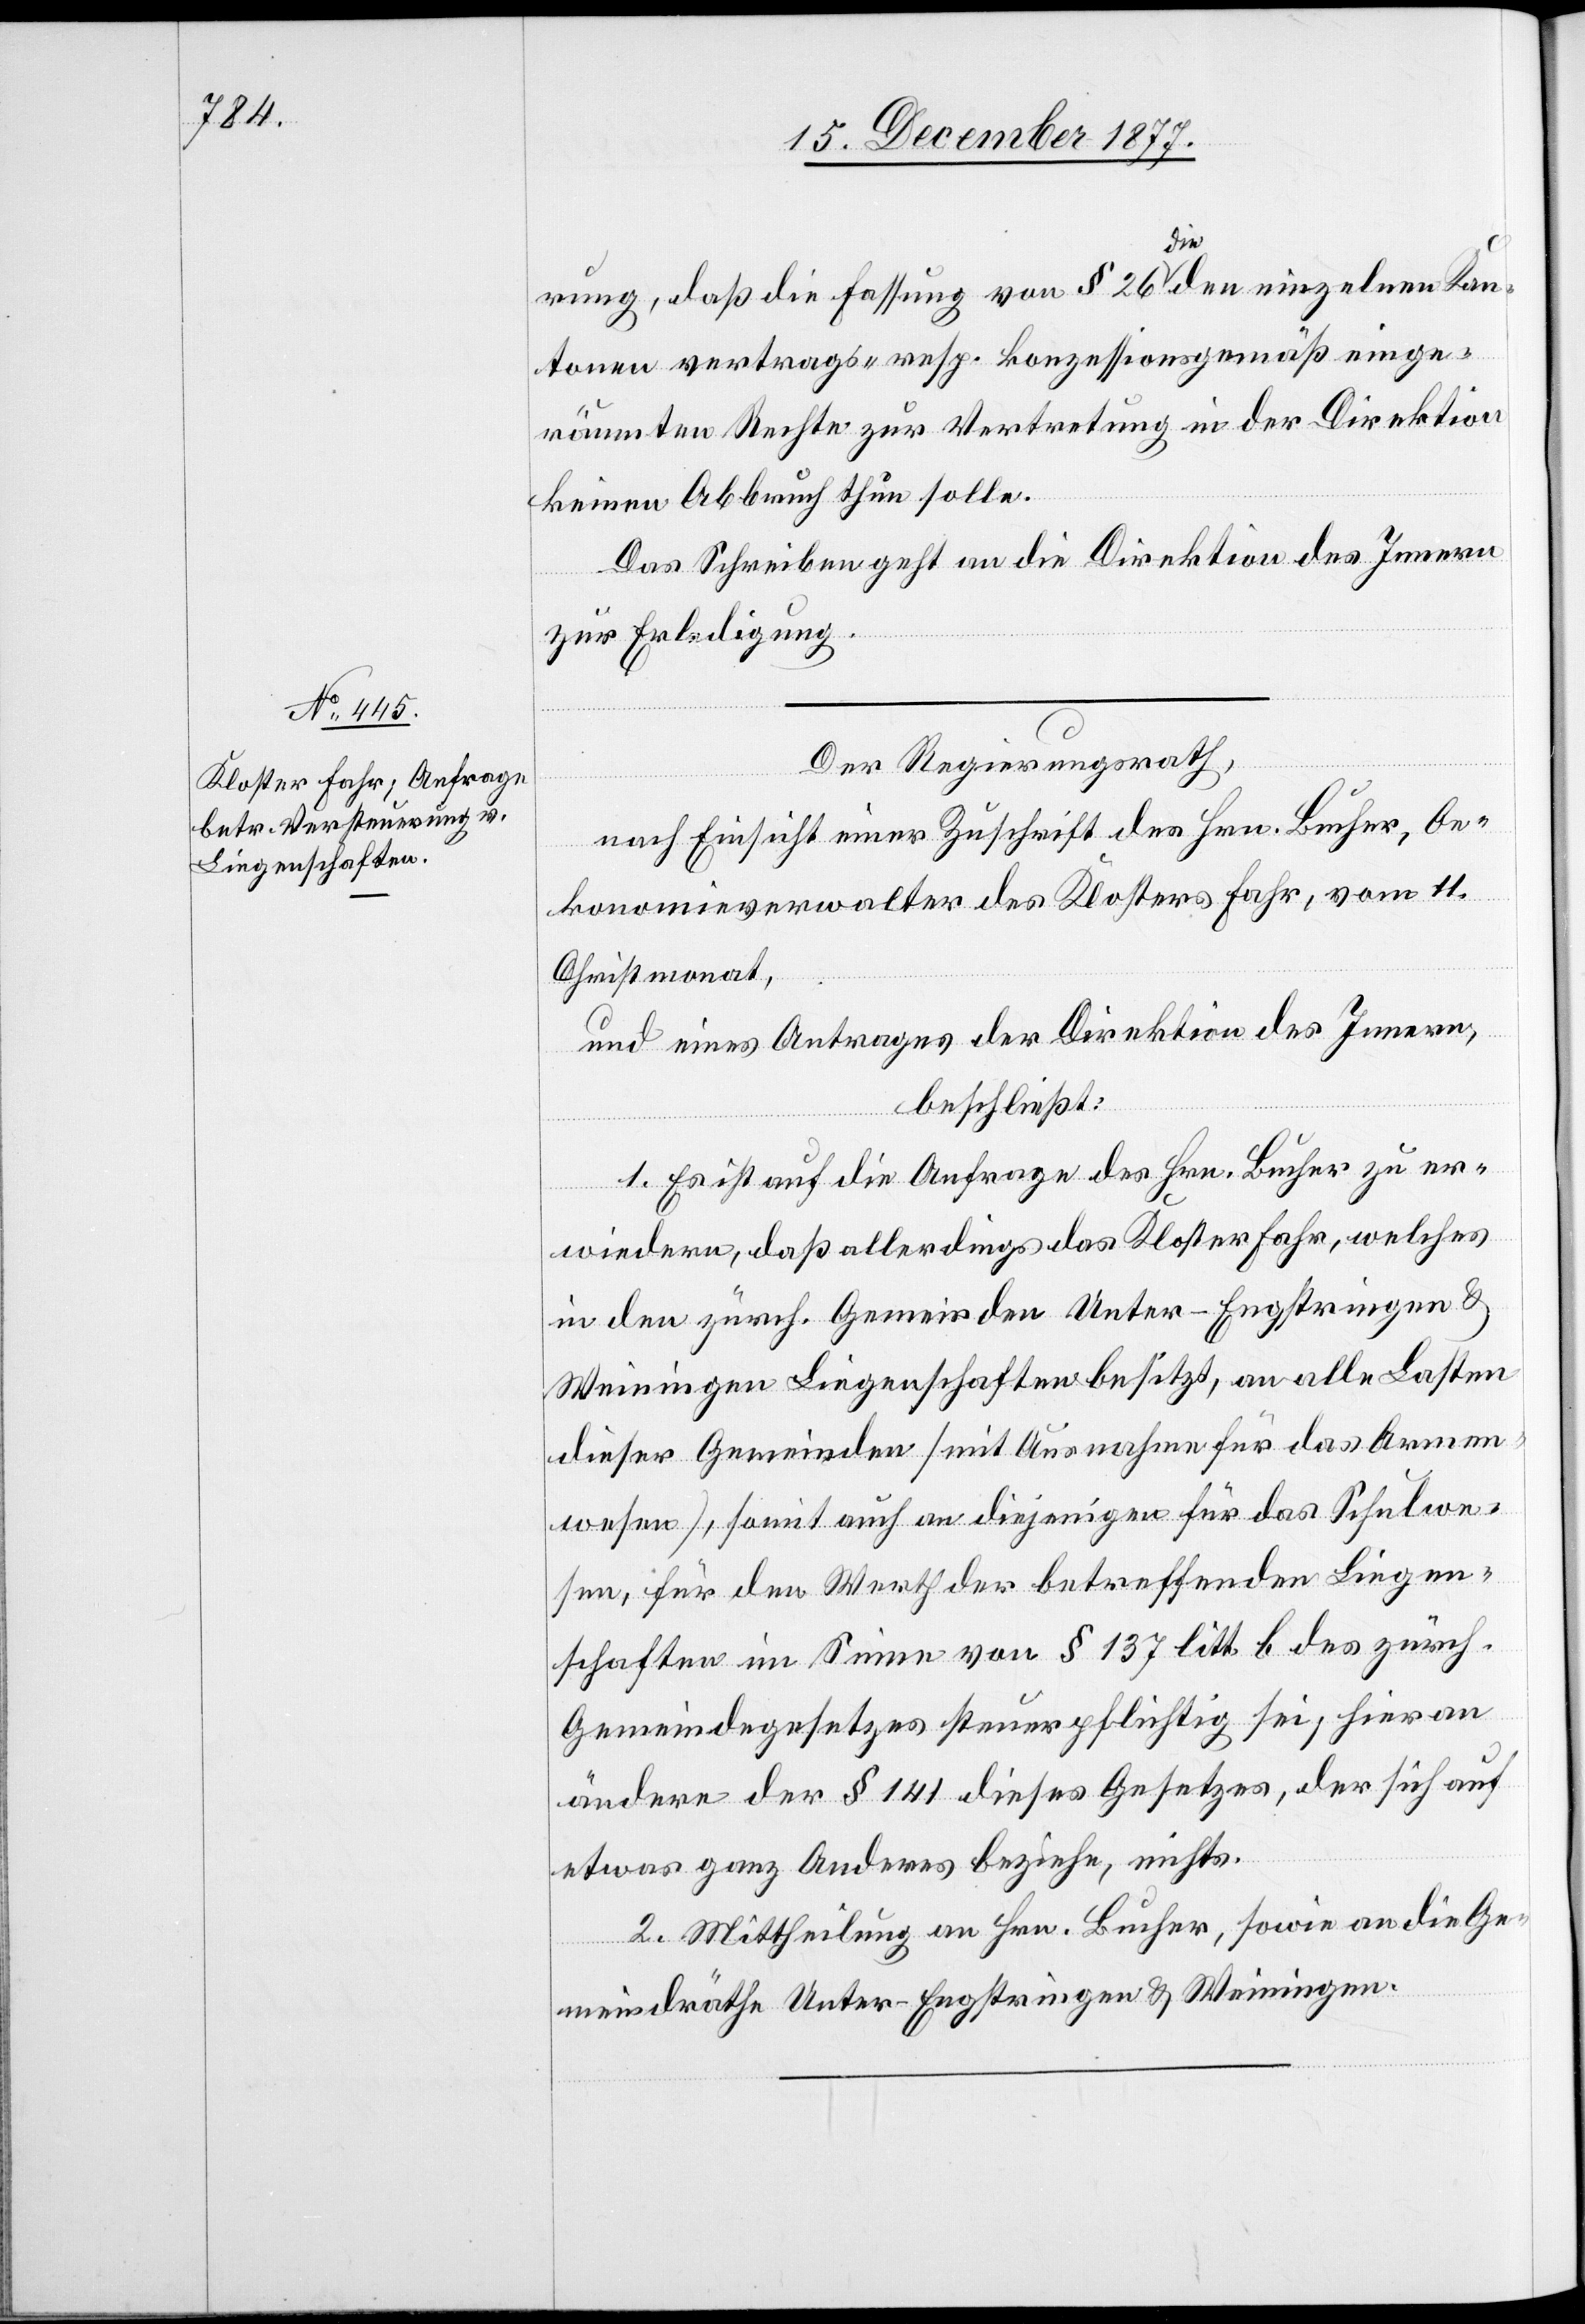
rung, daß die Fassung von § 26 die den einzelnen Kan¬
tonen vertrags- resp. konzessionsgemäß einge¬
räumten Rechte zur Vertretung in der Direktion
keinen Abbruch thun solle.
Das Schreiben geht an die Direktion des Innern
zur Erledigung.
Der Regierungsrath,
nach Einsicht einer Zuschrift des Hrn. Bucher, Oe¬
konomieverwalter des Klosters Fahr, vom 11.
Christmonat,
und eines Antrages der Direktion des Innern,
beschließt:
1. Es ist auf die Anfrage des Hrn. Bucher zu er¬
wiedern, daß allerdings das Kloster Fahr, welches
in den zürch. Gemeinden Unter-Engstringen &
Weiningen Liegenschaften besitzt, an alle Lasten
dieser Gemeinden [mit Ausnahme für das Armen¬
wesen], somit auch an diejenigen für das Schulwe¬
sen, für den Werth der betreffenden Liegen¬
schaften im Sinne von § 137 litt. b des zürch.
Gemeindegesetzes steuerpflichtig sei; hieran
ändere der § 141 dieses Gesetzes, der sich auf
etwas ganz Anderes beziehe, nichts.
2. Mittheilung an Hrn. Bucher, sowie an die Ge¬
meindräthe Unter-Engstringen & Weiningen.